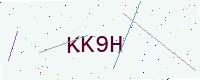
Text: KK9H